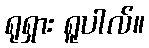
ရုရှား ရူပါလ်။